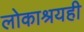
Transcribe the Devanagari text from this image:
लोकाश्रयही